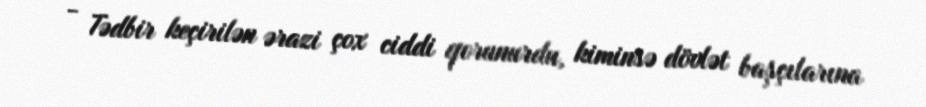
- Tədbir keçirilən ərazi çox ciddi qorunurdu, kiminsə dövlət başçılarına